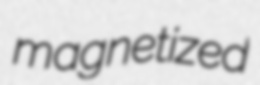
magnetized